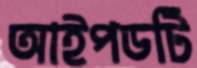
আইপডটি